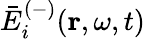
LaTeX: \bar{E}_{i}^{(-)}(\mathbf{r},\omega,t)